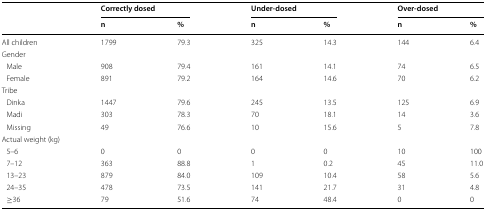
<table><thead><tr><td rowspan="2"></td><td colspan="2"><b>Correctly dosed</b></td><td colspan="2"><b>Under-dosed</b></td><td colspan="2"><b>Over-dosed</b></td></tr><tr><td><b>n</b></td><td><b>%</b></td><td><b>n</b></td><td><b>%</b></td><td><b>n</b></td><td><b>%</b></td></tr></thead><tbody><tr><td>All children</td><td>1799</td><td>79.3</td><td>325</td><td>14.3</td><td>144</td><td>6.4</td></tr><tr><td colspan="7">Gender</td></tr><tr><td> Male</td><td>908</td><td>79.4</td><td>161</td><td>14.1</td><td>74</td><td>6.5</td></tr><tr><td> Female</td><td>891</td><td>79.2</td><td>164</td><td>14.6</td><td>70</td><td>6.2</td></tr><tr><td colspan="7">Tribe</td></tr><tr><td> Dinka</td><td>1447</td><td>79.6</td><td>245</td><td>13.5</td><td>125</td><td>6.9</td></tr><tr><td> Madi</td><td>303</td><td>78.3</td><td>70</td><td>18.1</td><td>14</td><td>3.6</td></tr><tr><td> Missing</td><td>49</td><td>76.6</td><td>10</td><td>15.6</td><td>5</td><td>7.8</td></tr><tr><td colspan="7">Actual weight (kg)</td></tr><tr><td> 5–6</td><td>0</td><td>0</td><td>0</td><td>0</td><td>10</td><td>100</td></tr><tr><td> 7–12</td><td>363</td><td>88.8</td><td>1</td><td>0.2</td><td>45</td><td>11.0</td></tr><tr><td> 13–23</td><td>879</td><td>84.0</td><td>109</td><td>10.4</td><td>58</td><td>5.6</td></tr><tr><td> 24–35</td><td>478</td><td>73.5</td><td>141</td><td>21.7</td><td>31</td><td>4.8</td></tr><tr><td> ≥36</td><td>79</td><td>51.6</td><td>74</td><td>48.4</td><td>0</td><td>0</td></tr></tbody></table>